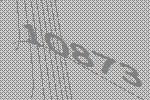
10873